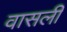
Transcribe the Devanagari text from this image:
वासली